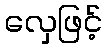
လှေဖြင့်